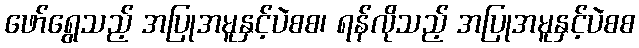
ဖော်ရွေသည့် အပြုအမူနှင့်ပဲစစ၊ ရန်လိုသည့် အပြုအမူနှင့်ပဲစစ